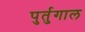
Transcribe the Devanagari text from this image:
पुर्तुगाल